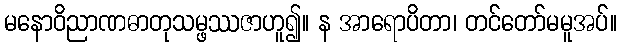
မနောဝိညာဏဓာတုသမ္ဖဿဇာဟူ၍။ န အာရောပိတာ၊ တင်တော်မမူအပ်။